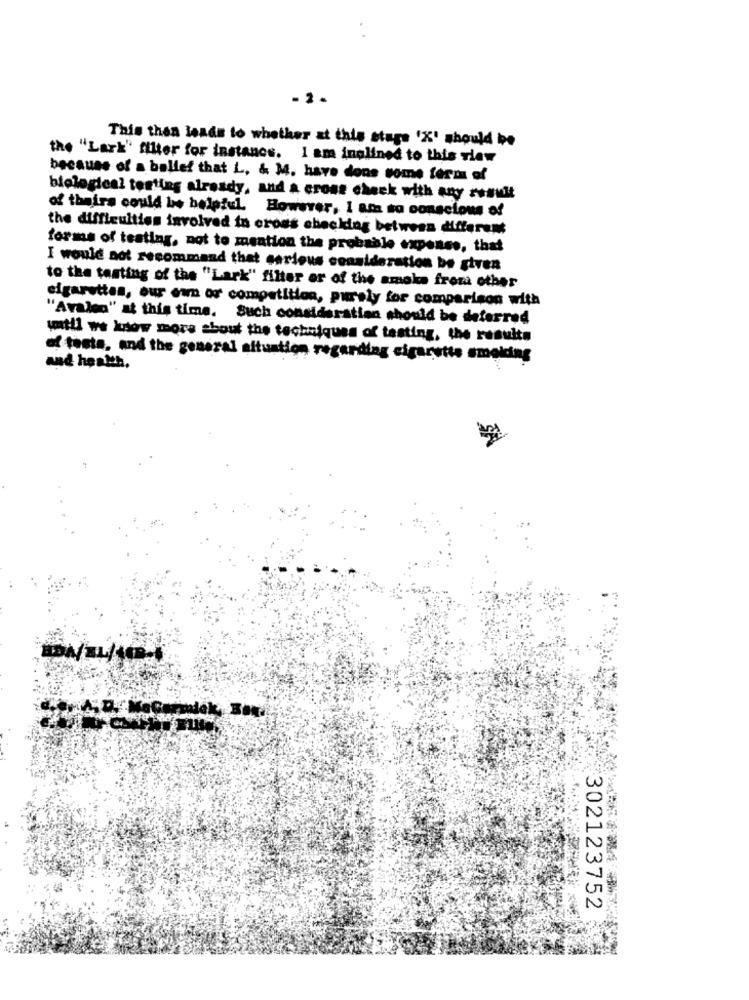
- 2.
This then leads to whether at this stage 'X' should be
the "Lark" filter for instance. I am inclined to this view
because of a ballet that L. & M. have dons some form of
biological testing already, and a cross check with any result
of theirs could be helpful. However, 1 ans so conscious of
the difficulties involved in cross checking between different
forms of testing, not to mention the probable expense, that
I would not recommand that serious consideration be given
to the tasting of the "Lark" filter or of the amoka from other
cigarettes, our own or competition, pursly for comparison with
"Avalon" at this time. Such consideration should be deterred
until we know more about the techniques of testing, the results
of tests, and the general situation regarding cigarette smoking
and health.
302123752